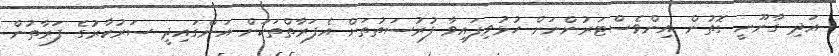
އަދި ގާނޫނީ ގޮތުން އިންވެސްޓަރުންނަށް ހުޅުވިފައިވާ ފުރުސަތުތަށް އެފަރާތްތަކަށް އަންގައިދީ ސަރުކާރުގެ ފަރާތުން